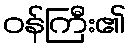
ဝန်ကြီး၏